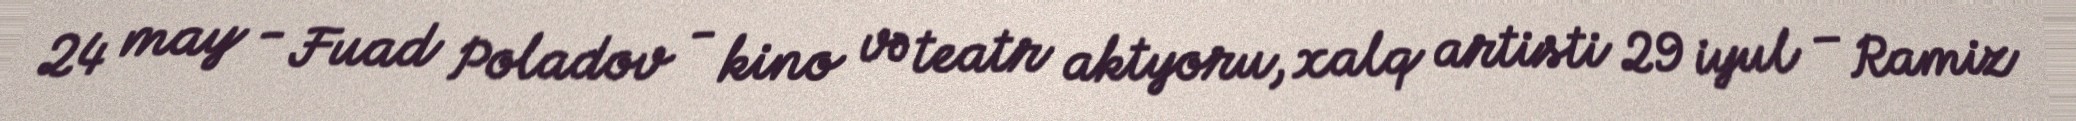
24 may - Fuad Poladov - kino və teatr aktyoru, xalq artisti 29 iyul – Ramiz